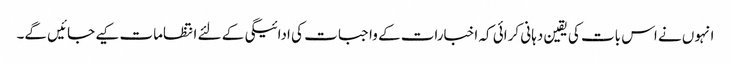
انہوں نے اس بات کی یقین دہانی کرائی کہ اخبارات کے واجبات کی ادائیگی کے لئے انتظامات کیے جائیں گے۔